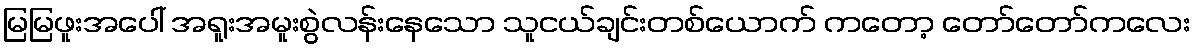
မြမြဖူးအပေါ် အရူးအမူးစွဲလန်းနေသော သူငယ်ချင်းတစ်ယောက် ကတော့ တော်တော်ကလေး